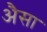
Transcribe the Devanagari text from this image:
अैसा